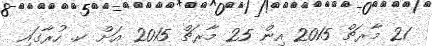
21 މާރޗް 2015 އިން 25 މާރޗް 2015 އަށް ކ. ހުރާގައި